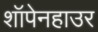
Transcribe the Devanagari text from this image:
शॉपेनहाउर